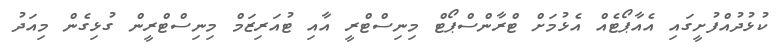
ކުޅުދުއްފުށީގައި އެއާޕޯޓެއް އެޅުމަށް ޓްރާންސްޕޯޓް މިނިސްޓްރީ އާއި ޓުއަރިޒަމް މިނިސްޓްރީން ގުޅިގެން މިއަދު